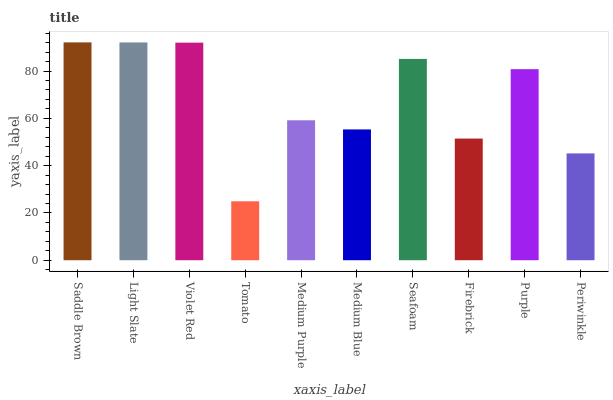
| xaxis_label | bars |
 | --- | --- |
 | Saddle Brown | 92.1 |
 | Light Slate | 92.1 |
 | Violet Red | 92 |
 | Tomato | 24.9 |
 | Medium Purple | 59.2 |
 | Medium Blue | 55.3 |
 | Seafoam | 85.1 |
 | Firebrick | 51.5 |
 | Purple | 80.8 |
 | Periwinkle | 45.2 |